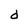
Character: d